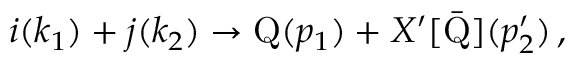
i ( k _ { 1 } ) + j ( k _ { 2 } ) \rightarrow \mathrm { { Q } } ( p _ { 1 } ) + X ^ { \prime } [ \Bar { \mathrm { Q } } ] ( p _ { 2 } ^ { \prime } ) \, ,